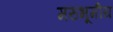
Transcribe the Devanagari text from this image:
मरुभूमीय